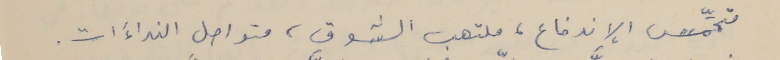
متحمِّس الإندفاع، ملتهب الشوق، متواصل النداءَات.